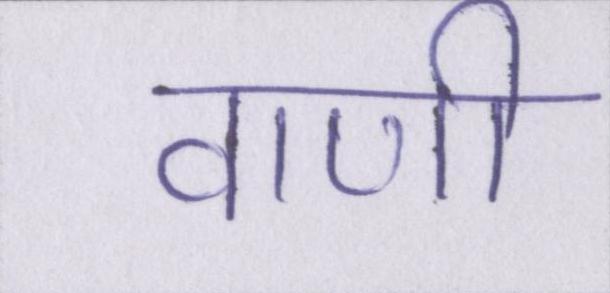
वाणी